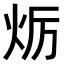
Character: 𤇃